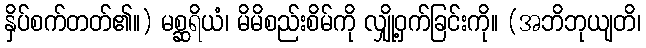
နှိပ်စက်တတ်၏။) မစ္ဆရိယံ၊ မိမိစည်းစိမ်ကို လျှို့ဝှက်ခြင်းကို။ (အဘိဘုယျတိ၊